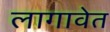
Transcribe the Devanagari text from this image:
लागावेत